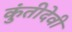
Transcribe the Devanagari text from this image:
कुंतीदेवी